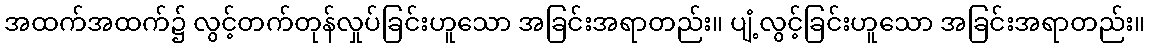
အထက်အထက်၌ လွင့်တက်တုန်လှုပ်ခြင်းဟူသော အခြင်းအရာတည်း။ ပျံ့လွင့်ခြင်းဟူသော အခြင်းအရာတည်း။